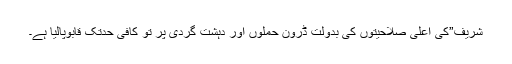
شریف”کی اعلیٰ صلاحیتوں کی بدولت ڈرون حملوں اور دہشت گردی پر تو کافی حدتک قابوپالیا ہے۔